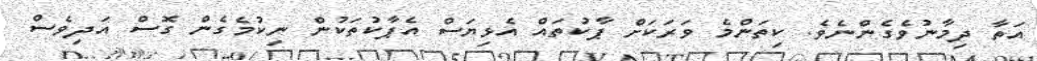
އަތާ ދިމާނުވެގެންނެވެ. ކިތަންމެ ވަރަކަށް ޕާކުތައް އެޅިޔަސް އެޕާކުތަކުން ނިކުމެގެން ގޮސް އަދިވެސް